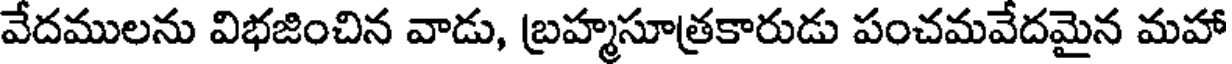
వేదములను విభజించిన వాడు, బ్రహ్మసూత్రకారుడు పంచమవేదమైన మహా